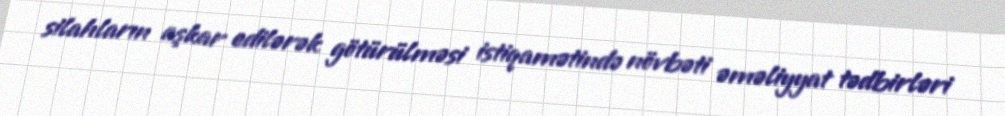
silahların aşkar edilərək götürülməsi istiqamətində növbəti əməliyyat tədbirləri